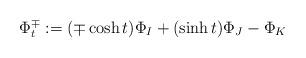
LaTeX: \begin{align*}\Phi_t^{\mp} := (\mp \cosh t) \Phi_I + (\sinh t) \Phi_J - \Phi_K\end{align*}